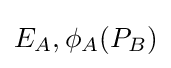
E_{A},\phi _{A}(P_{B})